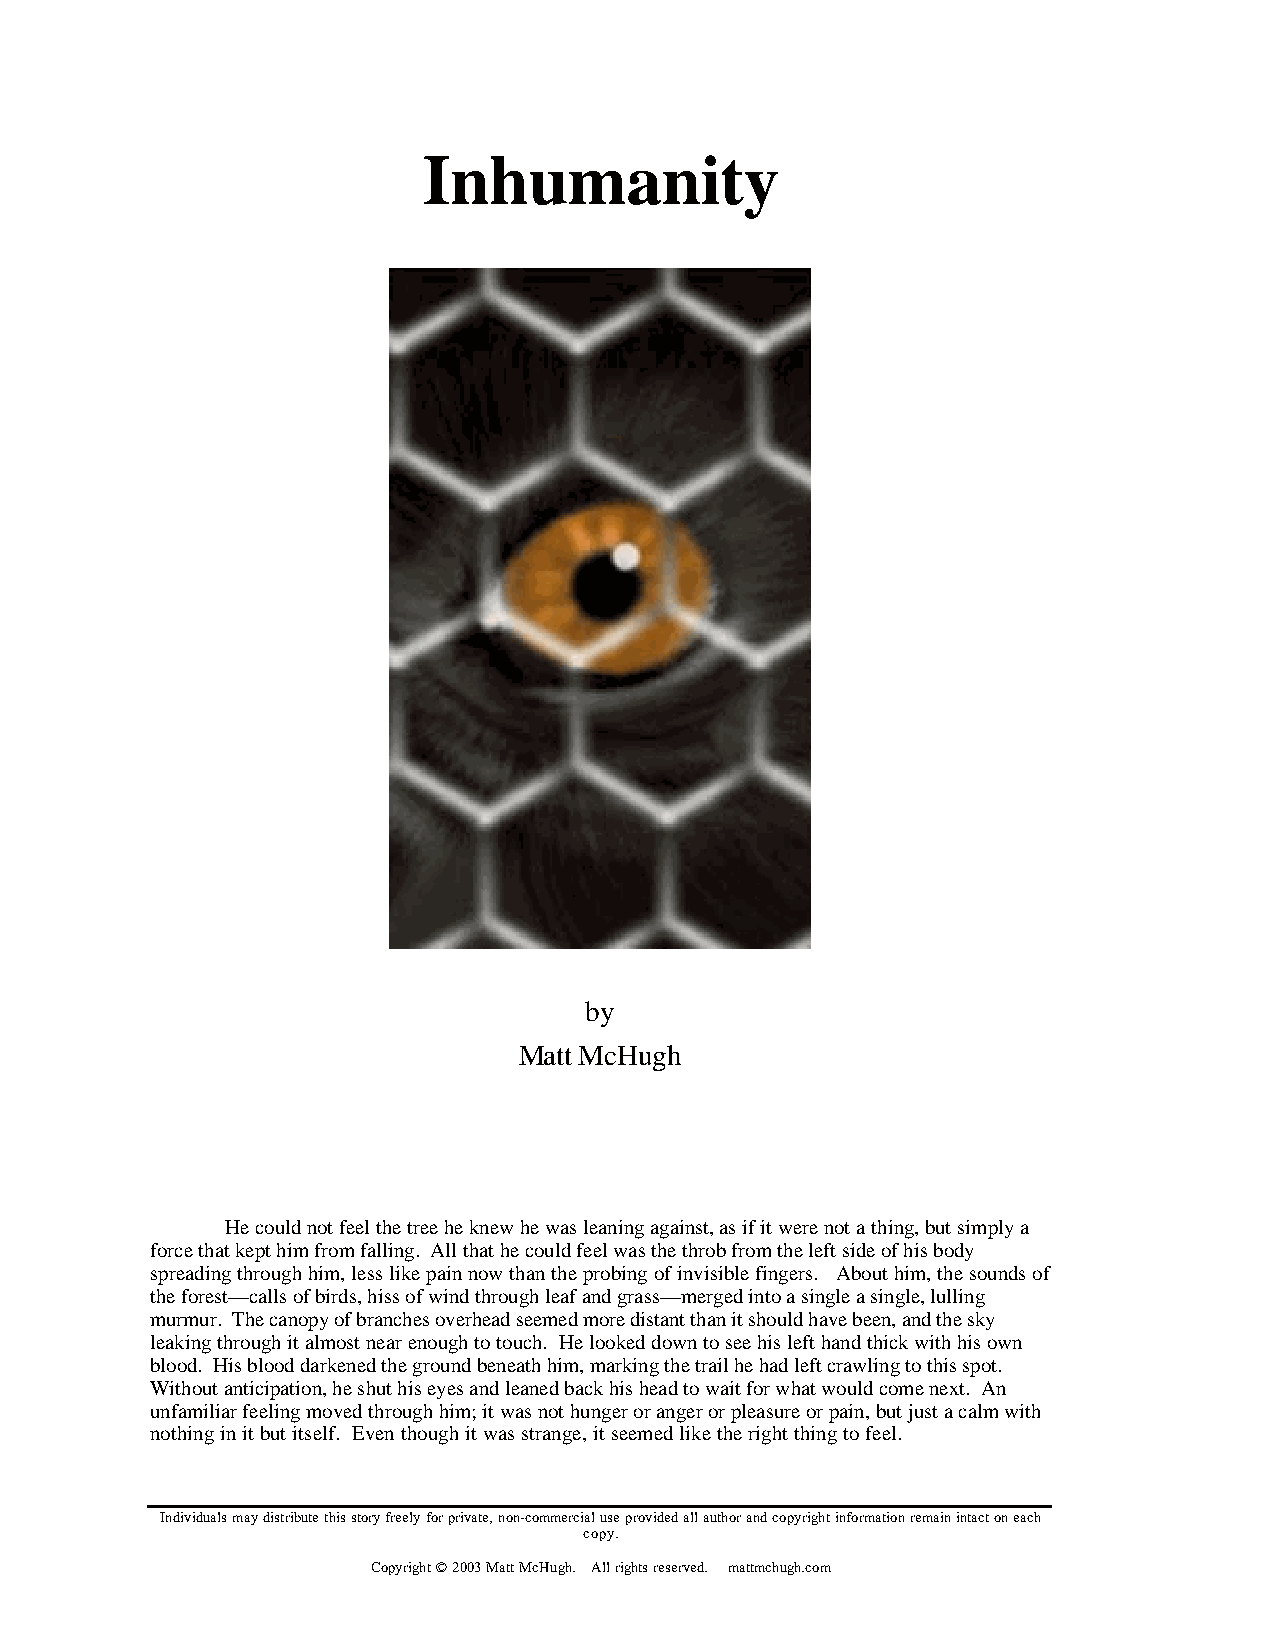
Inhumanity
 by
 Matt McHugh
 He could not feel the tree he knew he was leaning against, as if it were not a thing, but simply a
 force that kept him from falling. All that he could feel was the throb from the left side of his body
 spreading through him, less like pain now than the probing of invisible fingers. About him, the sounds of
 the forest—calls of birds, hiss of wind through leaf and grass—merged into a single a single, lulling
 murmur. The canopy of branches overhead seemed more distant than it should have been, and the sky
 leaking through it almost near enough to touch. He looked down to see his left hand thick with his own
 blood. His blood darkened the ground beneath him, marking the trail he had left crawling to this spot.
 Without anticipation, he shut his eyes and leaned back his head to wait for what would come next. An
 unfamiliar feeling moved through him; it was not hunger or anger or pleasure or pain, but just a calm with
 nothing in it but itself. Even though it was strange, it seemed like the right thing to feel.
 Individuals may distribute this story freely for private, non-commercial use provided all author and copyright information remain intact on each
 copy.
 Copyright © 2003 Matt McHugh. All rights reserved. mattmchugh.com